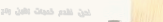
نحن نقدم خدمات الأمن والح